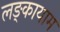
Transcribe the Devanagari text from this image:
लङ्कायाम